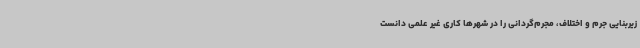
زیربنایی جرم و اختلاف، مجرم‌گردانی را در شهرها کاری غیر علمی دانست